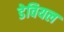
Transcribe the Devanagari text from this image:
डेवियल